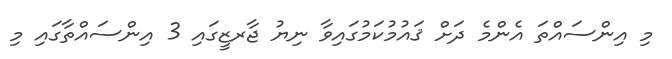
މި އިންސައްތަ އެންމެ ދަށް ޤައުމުކަމުގައިވާ ނިޔު ޖާރޒީގައި 3 އިންސައްތާގައި މި